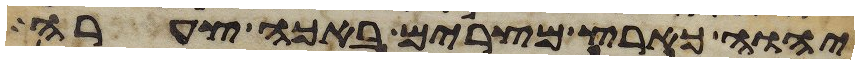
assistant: יהוה כארץ מצרים באכה צערה